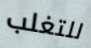
للتغلب